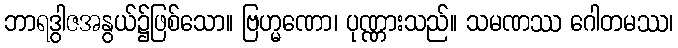
ဘာရဒွါဇအနွယ်၌ဖြစ်သော။ ဗြဟ္မဏော၊ ပုဏ္ဏားသည်။ သမဏဿ ဂေါတမဿ၊